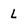
Character: L